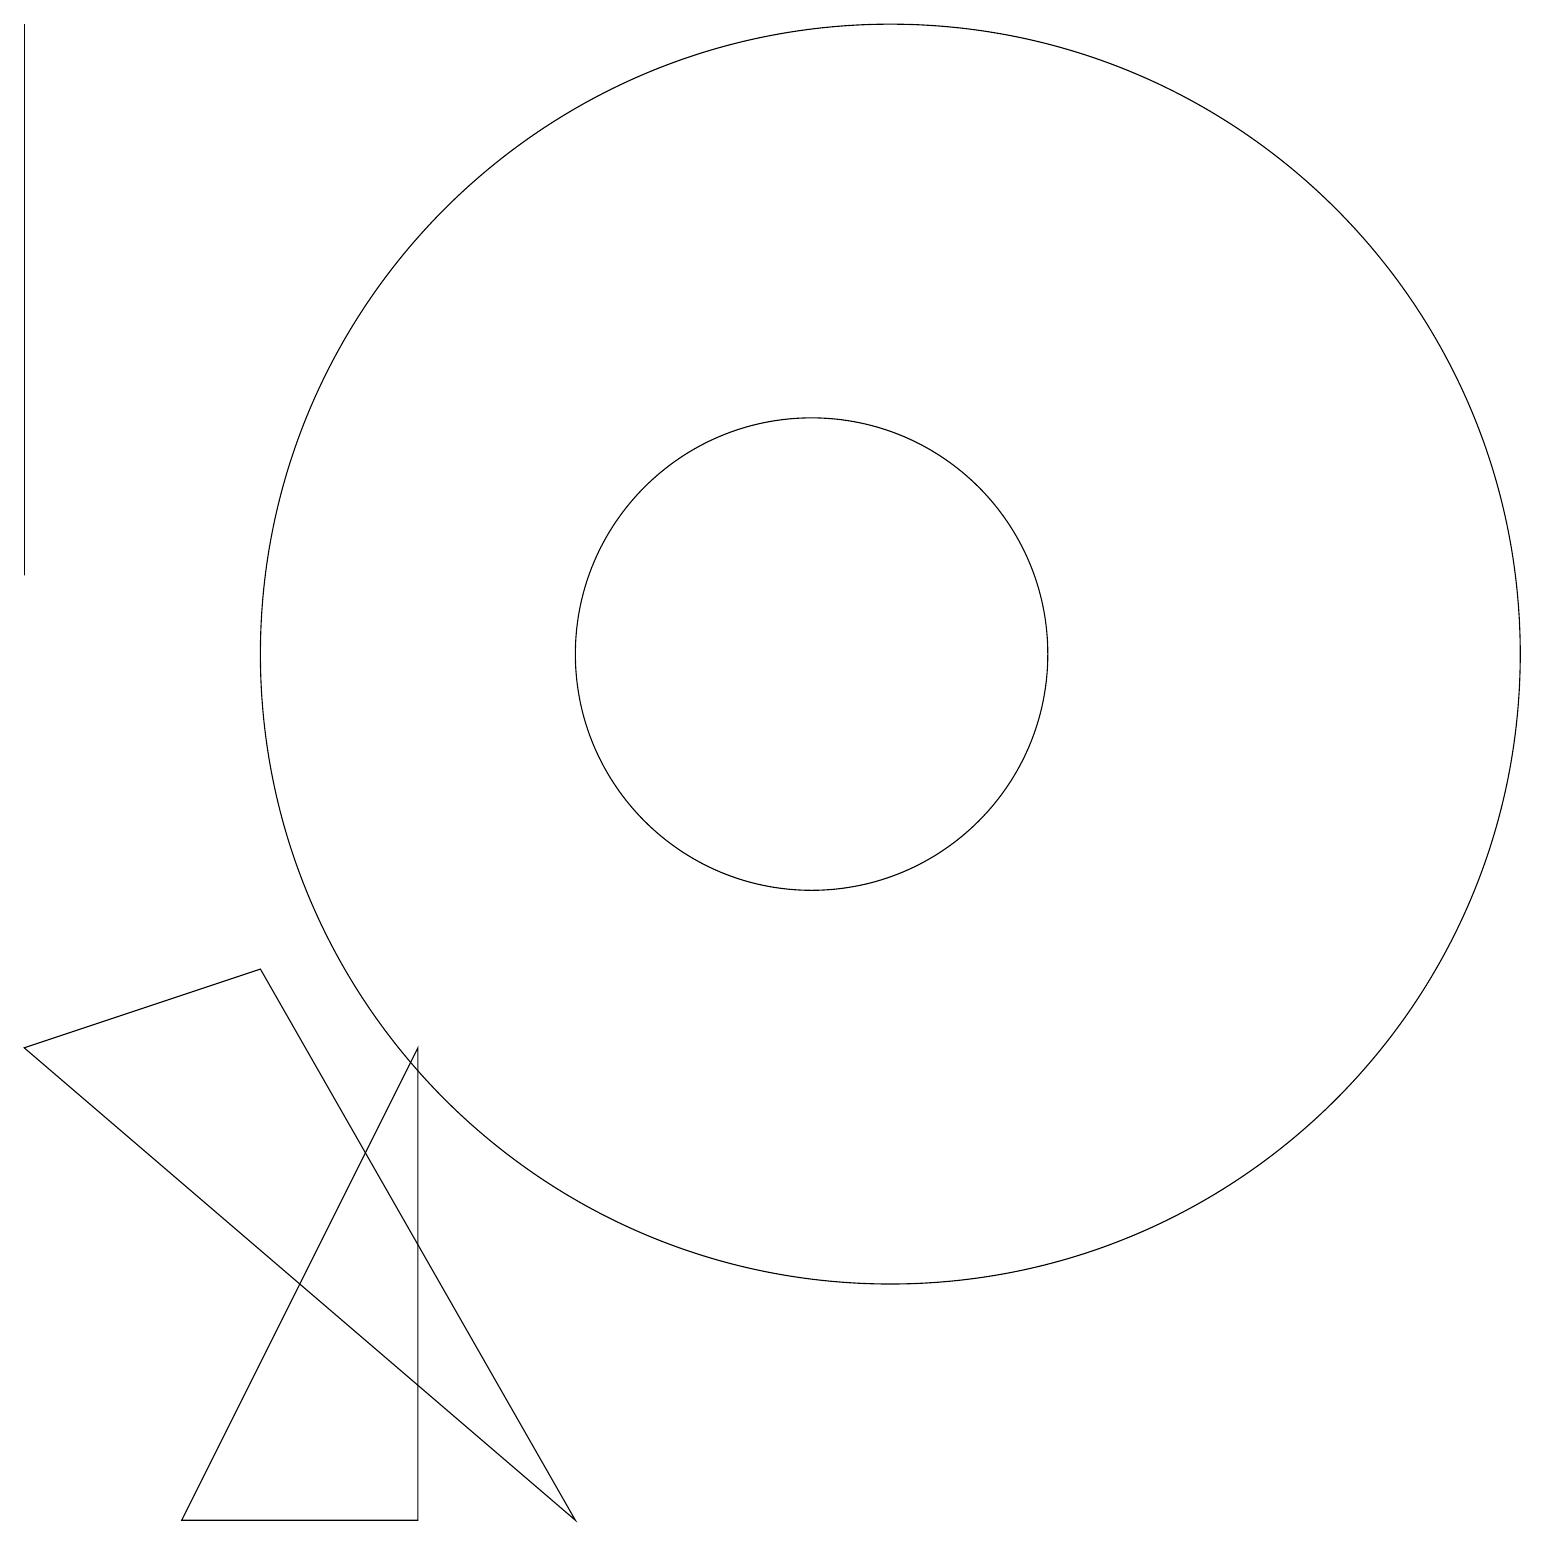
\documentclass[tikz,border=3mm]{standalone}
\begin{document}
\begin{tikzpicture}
\draw (10,11) circle (3);
\draw (2,0) -- (5,0) -- (5,6) -- cycle;
\draw (0,12) rectangle (0,19);
\draw (7,0) -- (3,7) -- (0,6) -- cycle;
\draw (11,11) circle (8);
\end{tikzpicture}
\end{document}